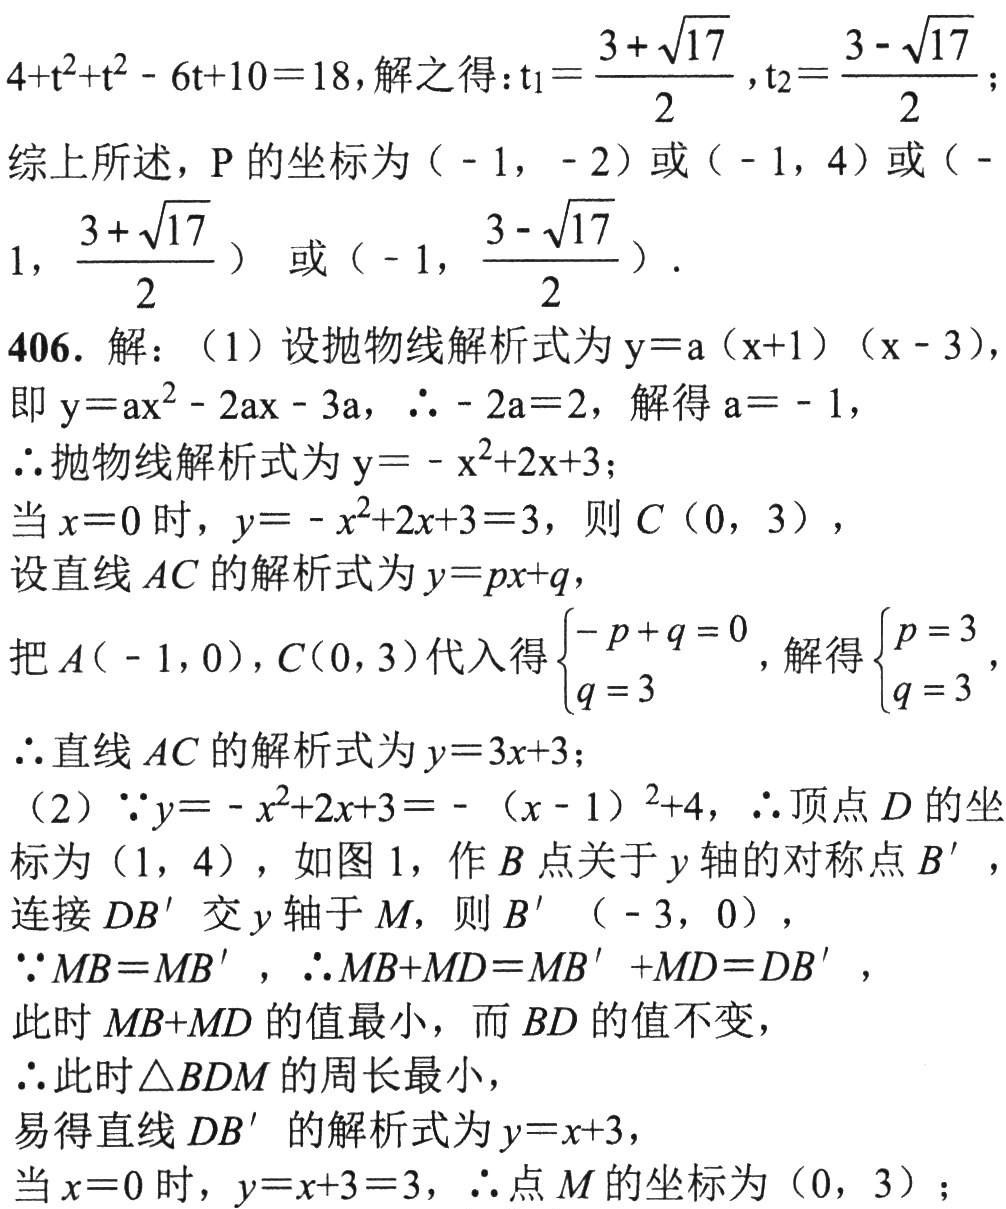
\[
\begin{align*}
&4 + t^{2}+t^{2}-6t + 10 = 18,\text{ 解之得：}t_{1}=\frac{3+\sqrt{17}}{2},t_{2}=\frac{3 - \sqrt{17}}{2};\\
&\text{综上所述，}P\text{ 的坐标为 }(-1,-2)\text{ 或 }(-1,4)\text{ 或 }(-1,\frac{3+\sqrt{17}}{2})\text{ 或 }(-1,\frac{3 - \sqrt{17}}{2}).\\
&406.\text{ 解：}(1)\text{ 设抛物线解析式为 }y = a(x + 1)(x - 3),\\
&\text{即 }y=ax^{2}-2ax - 3a,\therefore - 2a = 2,\text{ 解得 }a=-1,\\
&\therefore\text{ 抛物线解析式为 }y=-x^{2}+2x + 3;\\
&\text{当 }x = 0\text{ 时，}y=-x^{2}+2x + 3 = 3,\text{ 则 }C(0,3),\\
&\text{设直线 }AC\text{ 的解析式为 }y = px+q,\\
&\text{把 }A(-1,0),C(0,3)\text{ 代入得 }\begin{cases}-p + q = 0\\q = 3\end{cases},\text{ 解得 }\begin{cases}p = 3\\q = 3\end{cases},\\
&\therefore\text{ 直线 }AC\text{ 的解析式为 }y = 3x+3;\\
&(2)\because y=-x^{2}+2x + 3=-(x - 1)^{2}+4,\therefore\text{ 顶点 }D\text{ 的坐}\\
&\text{标为 }(1,4)\text{ ，如图 1，作 }B\text{ 点关于 }y\text{ 轴的对称点 }B'\text{ ，}\\
&\text{连接 }DB'\text{ 交 }y\text{ 轴于 }M\text{，则 }B'(-3,0),\\
&\because MB = MB',\therefore MB+MD = MB'+MD = DB',\\
&\text{此时 }MB + MD\text{ 的值最小，而 }BD\text{ 的值不变，}\\
&\therefore\text{ 此时 }\triangle BDM\text{ 的周长最小，}\\
&\text{易得直线 }DB'\text{ 的解析式为 }y = x+3,\\
&\text{当 }x = 0\text{ 时，}y = x+3 = 3,\therefore\text{ 点 }M\text{ 的坐标为 }(0,3);
\end{align*}
\]